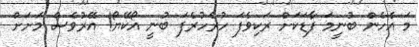
މަ އެހެން ބުނީމަ ފާޑަކަށް ރަކިވެފަ ހުރެހުރެފަ ބުނީ އޯކޭޔޯ! އޭރުވެސް މަށަށް